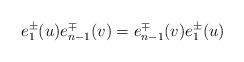
LaTeX: \begin{align*}e_{1}^{\pm}(u)e_{n-1}^{\mp}(v)=e_{n-1}^{\mp}(v)e_{1}^{\pm}(u)\end{align*}